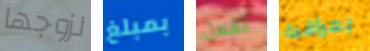
لزوجها بمبلغ تفعل بمراقبة